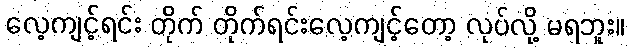
လေ့ကျင့်ရင်း တိုက် တိုက်ရင်းလေ့ကျင့်တော့ လုပ်လို့ မရဘူး။